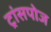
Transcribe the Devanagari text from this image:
ट्रांसपोज